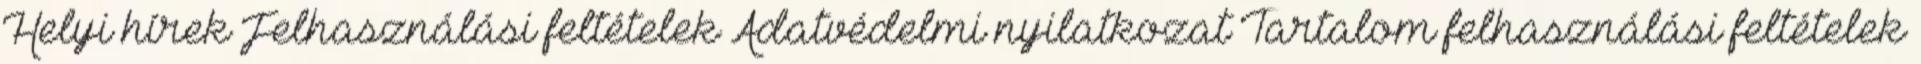
Helyi hírek Felhasználási feltételek Adatvédelmi nyilatkozat Tartalom felhasználási feltételek